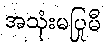
အသုံးမပြုမီ